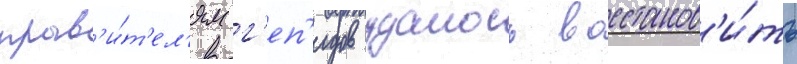
прав'и́т'ел'ям г'еп'идов удалось восстанов'и́ть